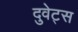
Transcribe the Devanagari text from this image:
दुवेट्स